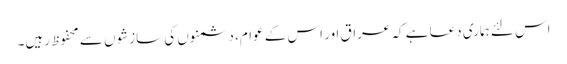
اس لئے ہماری دعا ہے کہ عراق اور اس کے عوام، دشمنوں کی سازشوں سے محفوظ رہیں۔